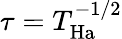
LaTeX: \tau=T_{\mathrm{Ha}}^{-1/2}